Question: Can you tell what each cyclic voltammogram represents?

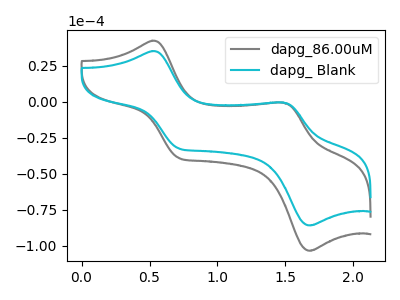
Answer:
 <answer>The gray curve is labeled "dapg_86.00uM". The cyan curve is labeled "dapg_ Blank".</answer>
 <eval></eval>